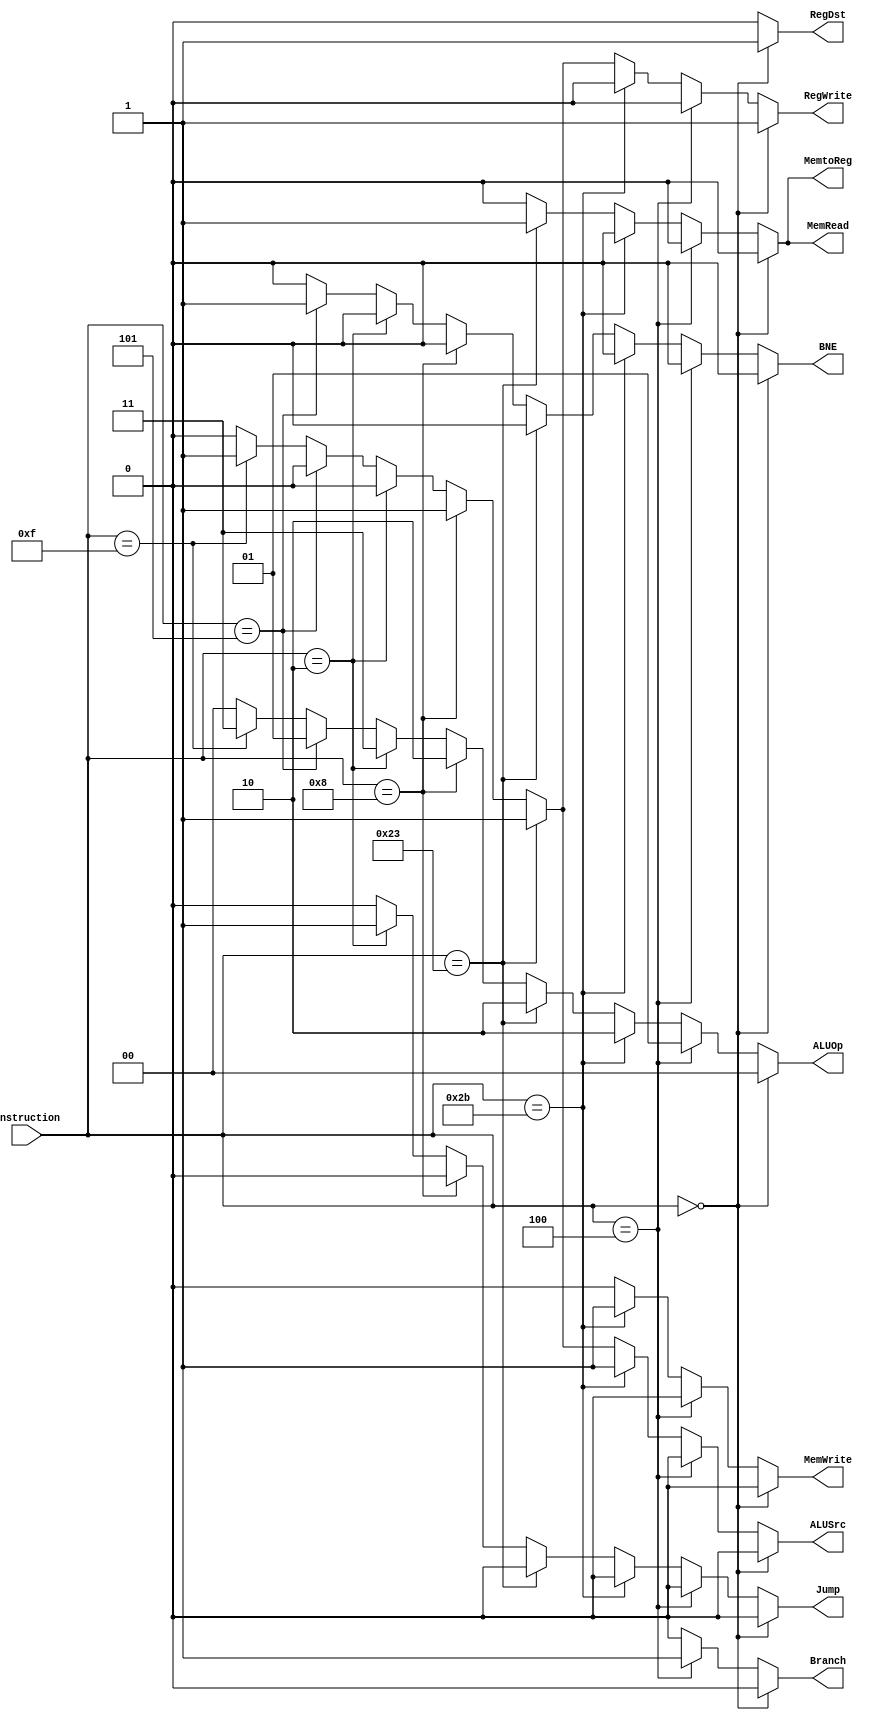
`timescale 1ns / 1ns

module control(
		input [5:0] instruction,
		output reg [1:0] ALUOp,
		output reg MemRead,
		output reg MemtoReg,
		output reg RegDst,
		output reg Branch, 
		output reg ALUSrc,
		output reg MemWrite,
		output reg RegWrite,
		output reg Jump,
		output reg BNE 
		);


always @(*) begin
        Jump = 1'b0; 
        BNE = 1'b0; 
		if (instruction == 6'b00_0000) begin				//RType
		ALUOp = 2'b00;
		MemRead = 1'b0;
		MemtoReg = 1'b0;
		RegDst = 1'b1;
      Branch = 1'b0;		
	   ALUSrc = 1'b0;
		MemWrite = 1'b0;
		RegWrite = 1'b1;
		end else if (instruction == 6'b00_0100) begin   //BEQ
		ALUOp = 2'b01;
		MemRead = 1'b0;
		MemtoReg = 1'b0;
		RegDst = 1'b0;
      Branch = 1'b1;		
	   ALUSrc = 1'b0;
		MemWrite = 1'b0;
		RegWrite = 1'b0;
		end else if (instruction == 6'b10_1011) begin   // sw
		ALUOp = 2'b10;
		MemRead = 1'b0;
		MemtoReg = 1'b0;
		RegDst = 1'b0;
      Branch = 1'b0;		
	   ALUSrc = 1'b1;
		MemWrite = 1'b1;
		RegWrite = 1'b0;
		end else if (instruction == 6'b10_0011) begin   // lw
		ALUOp = 2'b10;
		MemRead = 1'b1;
		MemtoReg = 1'b1;
		RegDst = 1'b0;
      Branch = 1'b0;		
	   ALUSrc = 1'b1;
		MemWrite = 1'b0;
		RegWrite = 1'b1; 
		
		end else if (instruction == 6'b00_1000) begin //addi
		ALUOp = 2'b10;
		MemRead = 1'b0;
		MemtoReg = 1'b0;
		RegDst = 1'b0;
        Branch = 1'b0;		
	    ALUSrc = 1'b1;
		MemWrite = 1'b0;
		RegWrite = 1'b1;
		
		end else if (instruction == 6'b00_0010) begin //jump
		ALUOp = 2'b11;
		MemRead = 1'b0;
		MemtoReg = 1'b0;
		RegDst = 1'b0;
        Branch = 1'b0;		
	    ALUSrc = 1'b0;
		MemWrite = 1'b0;
		RegWrite = 1'b0;
		Jump = 1'b1; 
		
		end else if (instruction == 6'b00_0101) begin   //BNE
		ALUOp = 2'b01;
		MemRead = 1'b0;
		MemtoReg = 1'b0;
		RegDst = 1'b0;
        Branch = 1'b0;		
	    ALUSrc = 1'b0;
		MemWrite = 1'b0;
		RegWrite = 1'b0;
		Jump = 1'b0; 
		BNE = 1'b1; 
		
		
		end else if (instruction == 6'b00_1111) begin   //LUI
		ALUOp = 2'b11;
		MemRead = 1'b0;
		MemtoReg = 1'b0;
		RegDst = 1'b0;
        Branch = 1'b0;		
	    ALUSrc = 1'b1;
		MemWrite = 1'b0;
		RegWrite = 1'b1;
		Jump = 1'b0; 
		
		
		
		end else begin
		ALUOp = 2'b00;
		MemRead = 1'b0;
		MemtoReg = 1'b0;
		RegDst = 1'b0;
      Branch = 1'b0;		
	   ALUSrc = 1'b0;
		MemWrite = 1'b0;
		RegWrite = 1'b0;
		Jump = 1'b0; 
		end
	
	
end
endmodule